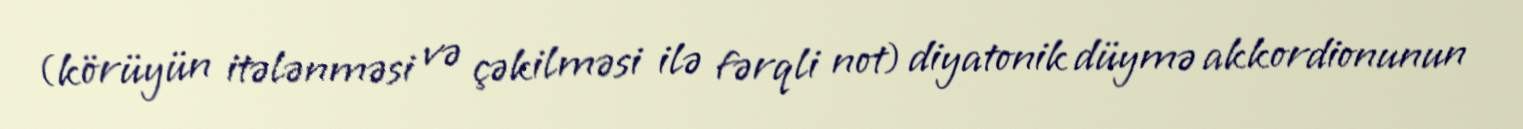
(körüyün itələnməsi və çəkilməsi ilə fərqli not) diyatonik düymə akkordionunun